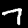
Digit: 7